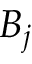
B _ { j }